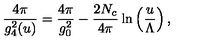
\frac { 4 \pi } { g _ { 4 } ^ { 2 } ( u ) } = \frac { 4 \pi } { g _ { 0 } ^ { 2 } } - \frac { 2 N _ { c } } { 4 \pi } \ln \left( \frac { u } { \Lambda } \right) ,